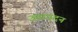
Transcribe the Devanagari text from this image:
उतापदन